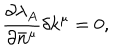
{ } \frac { \partial \lambda _ { A } } { \partial \bar { n } ^ { \mu } } \delta k ^ { \mu } = 0 ,